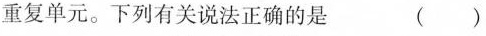
重复单元。下列有关说法正确的是 ( )